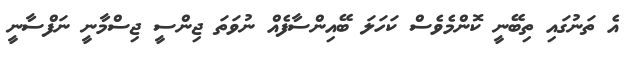
އެ ތަނުގައި ތިބޭނީ ކޮންމެވެސް ކަހަލަ ބޭއިންސާފެއް ނުވަތަ ޖިންސީ ޖިސްމާނީ ނަފްސާނީ